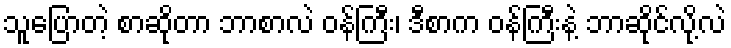
သူပြောတဲ့ စာဆိုတာ ဘာစာလဲ ဝန်ကြီး၊ ဒီစာက ဝန်ကြီးနဲ့ ဘာဆိုင်လို့လဲ